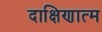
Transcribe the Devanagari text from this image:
दाक्षिणात्म